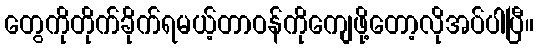
တွေကိုတိုက်ခိုက်ရမယ့်တာဝန်ကိုကျေဖို့တော့လိုအပ်ပါပြီ။